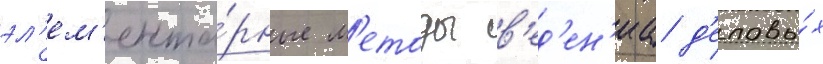
эл'ем'ента́рные м'етоды в'ед'ен'иа д'еловы́х